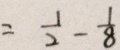
= \frac { 1 } { 2 } - \frac { 1 } { 8 }